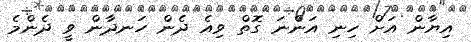
އިޔާން އަށް ހިނި އަންނަ ގޮތް ވިއެ ދެން ހަނދާން ވީ ދެންމެ